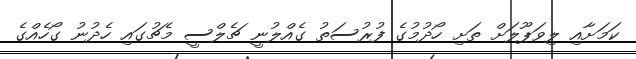
ކަމަށާއި ލިވަޕޫލަށް ތަށި ހޯދުމުގެ ފުރުސަތު ގެއްލުނީ ޗެލްސީ މެޗުގައި ހެދުނު ގޯހެއްގެ